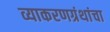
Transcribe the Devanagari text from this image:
व्याकरणग्रंथांचा